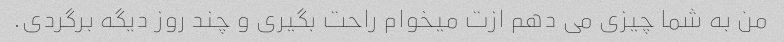
من به شما چیزی می دهم ازت میخوام راحت بگیری و چند روز دیگه برگردی.